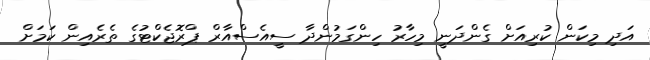
އަދި މިކަން ކުރިއަށް ގެންދަނީ މިހާރު ހިންގަމުންދާ ސީއެސްއާރް ޕްރޮޖެކްޓުގެ ތެރެއިން ކަމަށް